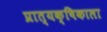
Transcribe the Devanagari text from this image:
प्रात्यक्षिकाला